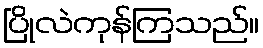
ပြိုလဲကုန်ကြသည်။